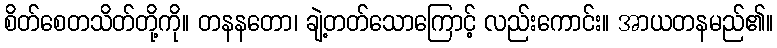
စိတ်စေတသိတ်တို့ကို။ တနနတော၊ ချဲ့တတ်သောကြောင့် လည်းကောင်း။ အာယတနမည်၏။